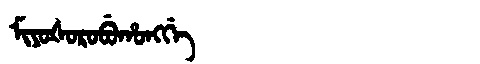
Manchu: ᠮᡳᠶᠣᡧᠣᡵᠣᠪᡠᡥᠣᠩᡤᡝ
Romanization: MIYOŠOROBUHONGGE